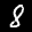
Label: 8